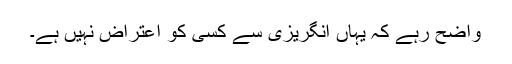
واضح رہے کہ یہاں انگریزی سے کسی کو اعتراض نہیں ہے۔